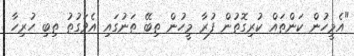
"އެމީހުން ކަންތައް ކުރިގޮތުން ފުރާ މީހުން ތިބޭ ތަނުގައި އެވަގުތު ތިބި ހުރިހާ